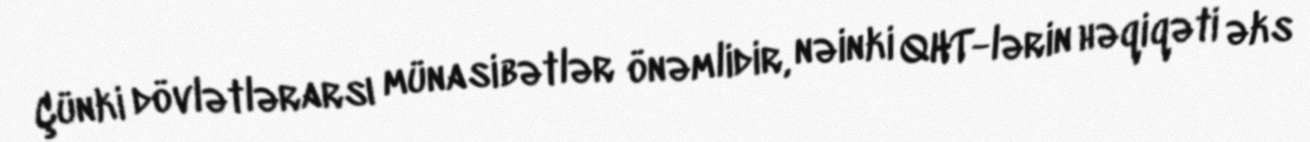
Çünki dövlətlərarsı münasibətlər önəmlidir, nəinki QHT-lərin həqiqəti əks